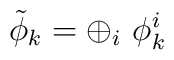
\tilde \phi_k = \oplus_i\ \phi_k^i